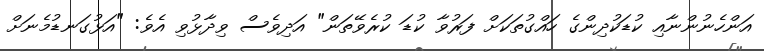
އަންހެނުންނާއި ކުޑަކުދިންގެ ހައްގުތަކަށް ފަރުވާ ކުޑަ ކުރެވޭތަން" އަދިވެސް ވިދާޅުވި އެވެ: "އަޅުގަނޑުމެނަށް